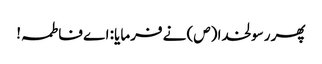
پھر رسولخدا (ص) نے فرمایا: اے فاطمہ!